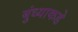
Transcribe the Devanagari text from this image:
बुंध्याकडे